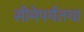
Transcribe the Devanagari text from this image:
सीमेपर्यंतचा